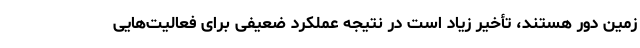
زمین دور هستند، تأخیر زیاد است در نتیجه عملکرد ضعیفی برای فعالیت‌هایی